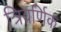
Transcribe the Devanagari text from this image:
त्रिवर्णिक